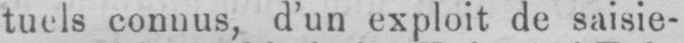
tuels connus, d’un exploit de saisie-